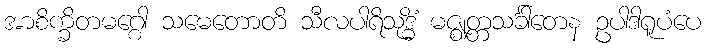
အာစိက္ခိတမဂ္ဂေါ သမေတောတိ သီလပါရိသုဒ္ဓိံ မဇ္ဈတ္တသင်္ခါတေန ဥပါဒါရူပံပေ